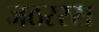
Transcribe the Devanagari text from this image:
जठररस